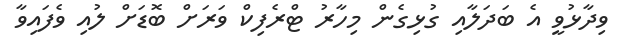
ވިދާޅުވީ އެ ބަދަލާއި ގުޅިގެން މިހާރު ޓްރެފިކް ވަރަށް ބޮޑަށް ލުއި ވެފައިވާ